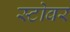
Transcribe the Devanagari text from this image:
स्टोवर